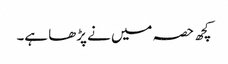
کچھ حصہ میں نے پڑھا ہے۔